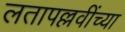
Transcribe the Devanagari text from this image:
लतापल्लवींच्या